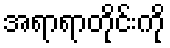
အရာရာတိုင်းကို